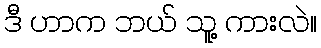
ဒီ ဟာက ဘယ် သူ့ ကားလဲ။